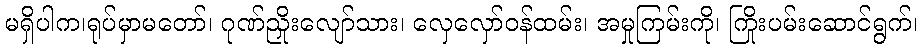
မရှိပါက၊ရုပ်မှာမတော်၊ ဂုဏ်ညှိုးလျော်သား၊ လှေလှော်ဝန်ထမ်း၊ အမှုကြမ်းကို၊ ကြိုးပမ်းဆောင်ရွက်၊